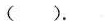
()。